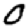
Digit: 0